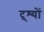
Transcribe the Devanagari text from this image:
दृ्श्यों